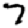
Digit: 7